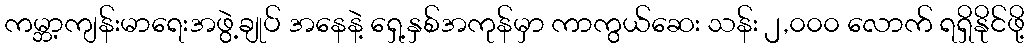
ကမ္ဘာ့ကျန်းမာရေးအဖွဲ့ချုပ် အနေနဲ့ ရှေ့နှစ်အကုန်မှာ ကာကွယ်ဆေး သန်း ၂,၀၀၀ လောက် ရရှိနိုင်ဖို့